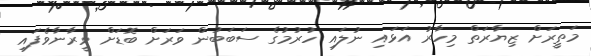
މަތީރަށް ޒިޔާރަތް މިހާރު އަޅައި ނުލައި ހުރުމުގެ ސަބަބުން ވަރަށް ބޮޑަށް ވީރާނާވެފައި